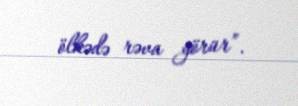
ölkədə rəva görür”.